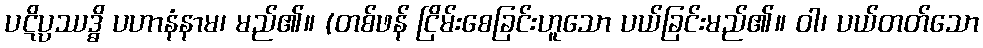
ပဋိပ္ပဿဒ္ဓိ ပဟာနံနာမ၊ မည်၏။ (တစ်ဖန် ငြိမ်းစေခြင်းဟူသော ပယ်ခြင်းမည်၏။ ဝါ၊ ပယ်တတ်သော